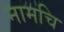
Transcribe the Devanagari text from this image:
नामचि